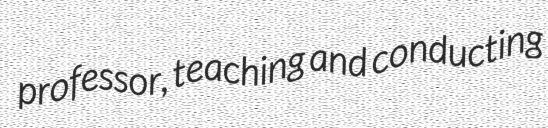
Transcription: professor, teaching and conducting